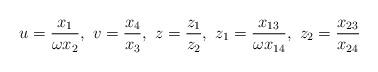
LaTeX: \begin{align*}u=\frac{x_1}{\omega x_2},~ v=\frac{x_4}{x_3},~z=\frac{z_1}{z_2},~z_1=\frac{x_{13}}{\omega x_{14}},~z_2=\frac{x_{23}}{x_{24}}\end{align*}